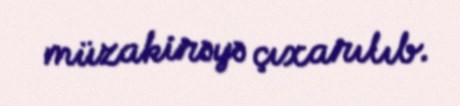
müzakirəyə çıxarılıb.